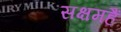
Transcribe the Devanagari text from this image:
सक्षमहैं